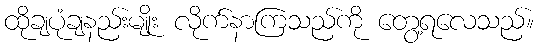
ထိုချပုံချနည်းမျိုး လိုက်နာကြသည်ကို တွေ့ရလေသည်။